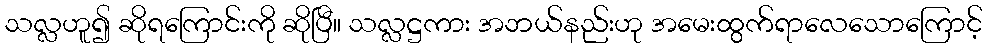
သလ္လဟူ၍ ဆိုရကြောင်းကို ဆိုပြီ။ သလ္လဋ္ဌကား အဘယ်နည်းဟု အမေးထွက်ရာလေသောကြောင့်